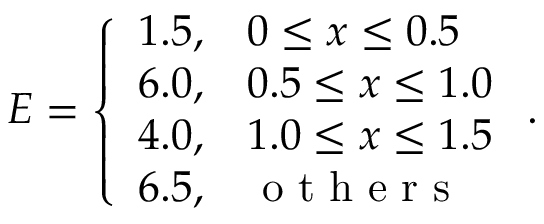
E = \left\{ \begin{array} { l l } { 1 . 5 , } & { 0 \le x \le 0 . 5 } \\ { 6 . 0 , } & { 0 . 5 \le x \le 1 . 0 } \\ { 4 . 0 , } & { 1 . 0 \le x \le 1 . 5 } \\ { 6 . 5 , } & { \mathrm { ~ o ~ t ~ h ~ e ~ r ~ s ~ } } \end{array} \right. .